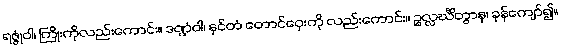
ရဇ္ဇုံဝါ၊ ကြိုးကိုလည်းကောင်း။ ဒဏ္ဍံဝါ၊ နှင်တံ တောင်ဝှေးကို လည်းကောင်း။ ဥလ္လင်္ဃိတွာန၊ ခုန်ကျော်၍။